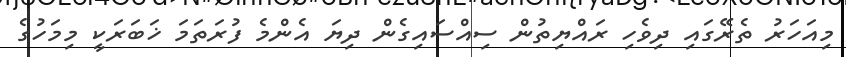
މިއަހަރު ތެރޭގައި ދިވެހި ރައްޔިތުން ސިއްސައިގެން ދިޔަ އެންމެ ފުރަތަމަ ޚަބަރަކީ މިމަހުގެ